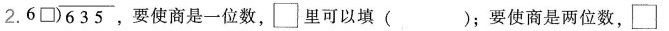
2. $$\longdiv { 6 3 5 } { 6 \Box }$$ ，要使商是一位数，\Box 里可以填 ( )；要使商是两位数，\Box